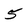
Character: 5